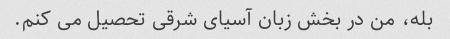
بله، من در بخش زبان آسیای شرقی تحصیل می کنم.